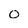
Character: 0